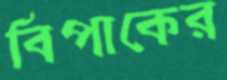
বিপাকের